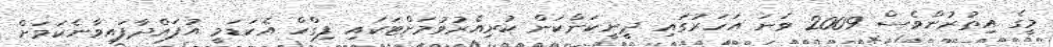
މީގެ އިތުރުންވެސް 2009 ވަނަ އަހަރުގައި ދީނީކަންކަން ކުރިއެރުވުމަށްޓަކައި ފިގްހް އެކަޑަމީ އުފައްދާފައިވާނެކަމަށް